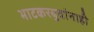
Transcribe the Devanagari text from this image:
भाटकरबुवांनाही